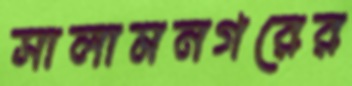
সালামনগরের